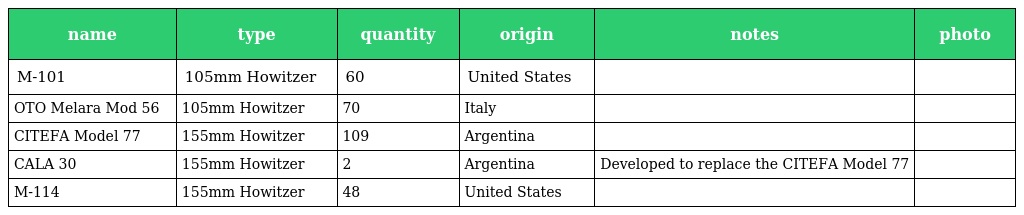
| name | type | quantity | origin | notes | photo |
 | --- | --- | --- | --- | --- | --- |
 | M-101 | 105mm Howitzer | 60 | United States |  |  |
 | OTO Melara Mod 56 | 105mm Howitzer | 70 | Italy |  |  |
 | CITEFA Model 77 | 155mm Howitzer | 109 | Argentina |  |  |
 | CALA 30 | 155mm Howitzer | 2 | Argentina | Developed to replace the CITEFA Model 77 |  |
 | M-114 | 155mm Howitzer | 48 | United States |  |  |